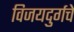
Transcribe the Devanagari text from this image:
विजयदुर्गचे